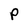
Character: P